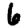
Digit: 6